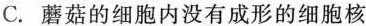
C. 蘑菇的细胞内没有成形的细胞核